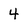
Character: 4